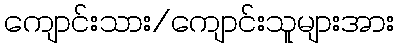
ကျောင်းသား/ကျောင်းသူများအား